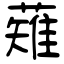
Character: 薙